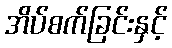
အိပ်စက်ခြင်းနှင့်